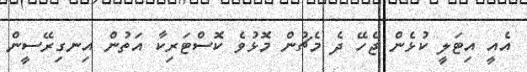
އެއީ އިޓަލީ ކުޅެން ޖެހޭ ދެ މެޗުން މޮޅުވެ ކޮސްޓަރިކާ އަތުން އިނގިރޭސީން